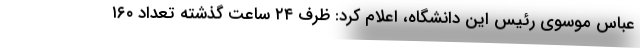
عباس موسوی رئیس این دانشگاه، اعلام کرد: ظرف ۲۴ ساعت گذشته تعداد ۱۶۰